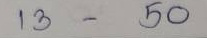
13 - 50